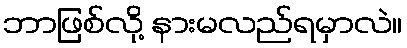
ဘာဖြစ်လို့ နားမလည်ရမှာလဲ။